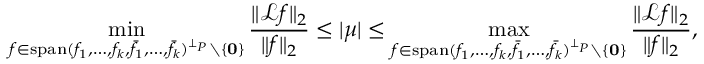
\operatorname* { m i n } _ { f \in \mathrm { s p a n } ( f _ { 1 } , \ldots , f _ { k } , \bar { f } _ { 1 } , \ldots , \bar { f } _ { k } ) ^ { \bot _ { P } } \setminus \{ \mathbf { 0 } \} } \frac { \| \mathcal { L } f \| _ { 2 } } { \| f \| _ { 2 } } \le | \mu | \le \operatorname* { m a x } _ { f \in \mathrm { s p a n } ( f _ { 1 } , \ldots , f _ { k } , \bar { f } _ { 1 } , \ldots , \bar { f } _ { k } ) ^ { \bot _ { P } } \setminus \{ \mathbf { 0 } \} } \frac { \| \mathcal { L } f \| _ { 2 } } { \| f \| _ { 2 } } ,